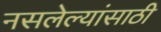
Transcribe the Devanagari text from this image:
नसलेल्यांसाठी